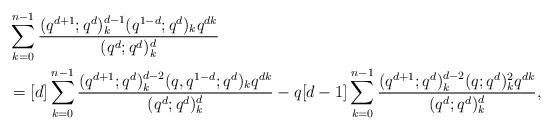
LaTeX: \begin{align*}&\sum_{k=0}^{n-1}\frac{(q^{d+1};q^d)_k^{d-1}(q^{1-d};q^d)_kq^{dk}}{(q^d;q^d)_k^d}\\&=[d]\sum_{k=0}^{n-1}\frac{(q^{d+1};q^d)_k^{d-2}(q,q^{1-d};q^d)_kq^{dk}}{(q^d;q^d)_k^d}-q[d-1]\sum_{k=0}^{n-1}\frac{(q^{d+1};q^d)_k^{d-2}(q;q^d)_k^2q^{dk}}{(q^d;q^d)_k^d},\end{align*}